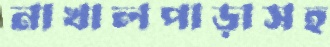
নাখালপাড়াসহ